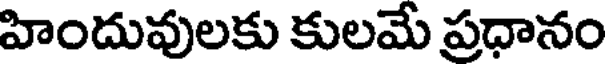
హిందువులకు కులమే ప్రధానం